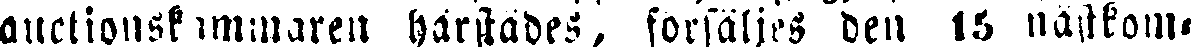
auctionskammaren härstädes, försäljes den 15 nästkom-